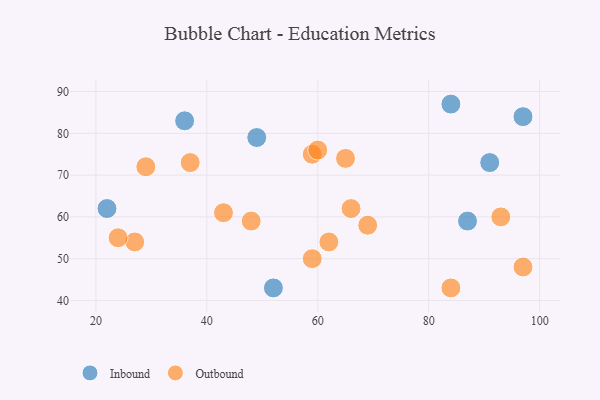
{"axis": {"x": "GDP", "y": "Life Expectancy"}, "legend": ["Inbound", "Outbound"], "data": [{"x": "49", "y": 79, "type": "Inbound"}, {"x": "97", "y": 84, "type": "Inbound"}, {"x": "84", "y": 87, "type": "Inbound"}, {"x": "22", "y": 62, "type": "Inbound"}, {"x": "87", "y": 59, "type": "Inbound"}, {"x": "91", "y": 73, "type": "Inbound"}, {"x": "36", "y": 83, "type": "Inbound"}, {"x": "52", "y": 43, "type": "Inbound"}, {"x": "29", "y": 72, "type": "Outbound"}, {"x": "97", "y": 48, "type": "Outbound"}, {"x": "43", "y": 61, "type": "Outbound"}, {"x": "93", "y": 60, "type": "Outbound"}, {"x": "37", "y": 73, "type": "Outbound"}, {"x": "48", "y": 59, "type": "Outbound"}, {"x": "62", "y": 54, "type": "Outbound"}, {"x": "65", "y": 74, "type": "Outbound"}, {"x": "27", "y": 54, "type": "Outbound"}, {"x": "59", "y": 75, "type": "Outbound"}, {"x": "60", "y": 76, "type": "Outbound"}, {"x": "66", "y": 62, "type": "Outbound"}, {"x": "69", "y": 58, "type": "Outbound"}, {"x": "24", "y": 55, "type": "Outbound"}, {"x": "59", "y": 50, "type": "Outbound"}, {"x": "84", "y": 43, "type": "Outbound"}]}